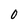
Character: 0